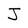
Character: J